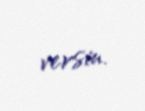
versin.